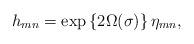
LaTeX: \begin{align*}h_{mn}=\exp\left\{2\Omega(\sigma)\right\} \eta_{mn},\end{align*}